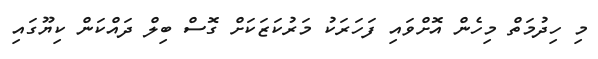
މި ހިދުމަތް މިހެން އޮށްވައި ފަހަރަކު މަރުކަޒަކަށް ގޮސް ބިލް ދައްކަން ކިޔޫގައި